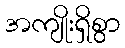
အကျိုးရှိစွာ